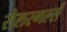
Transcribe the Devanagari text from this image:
रोलरगर्ल्स